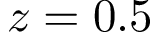
z = 0 . 5